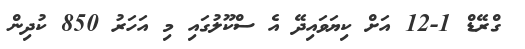
ގްރޭޑް 1-12 އަށް ކިޔަވައިދޭ އެ ސްކޫލުގައި މި އަހަރު 850 ކުދިން